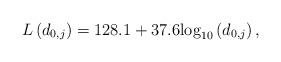
LaTeX: \begin{align*}L\left(d_{0,j}\right)=128.1 + 37.6{\log _{10}}\left( {{d_{{{0,j}}}}} \right),\end{align*}